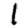
Digit: 1